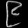
Digit: ၉